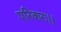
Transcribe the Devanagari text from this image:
परिकरः।।